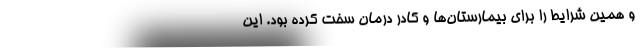
و همین شرایط را برای بیمارستان‌ها و کادر درمان سخت کرده بود. این